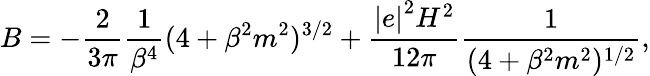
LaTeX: B=-\frac{2}{3\pi}\frac{1}{\beta^{4}}(4+\beta^{2}m^{2})^{3/2}+\frac{{\vert e\vert}^{2}H^{2}}{12\pi}\frac{1}{(4+\beta^{2}m^{2})^{1/2}},